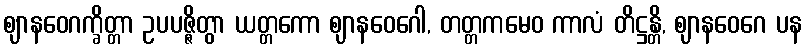
ဈာနဝေဂက္ခိတ္တာ ဥပပဇ္ဇိတွာ ယတ္တကော ဈာနဝေဂေါ, တတ္တကမေဝ ကာလံ တိဋ္ဌန္တိ, ဈာနဝေဂေ ပန